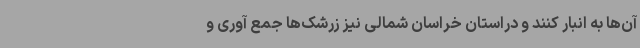
آن‌ها به انبار کنند و دراستان خراسان شمالی نیز زرشک‌ها جمع آوری و